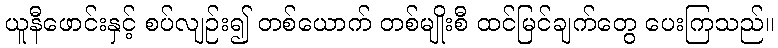
ယူနီဖောင်းနှင့် စပ်လျဉ်း၍ တစ်ယောက် တစ်မျိုးစီ ထင်မြင်ချက်တွေ ပေးကြသည်။